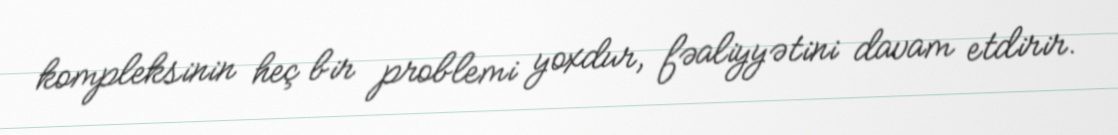
kompleksinin heç bir problemi yoxdur, fəaliyyətini davam etdirir.